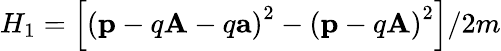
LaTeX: H_{1}=\left[\left(\mathbf{p}-q\mathbf{A}-q\mathbf{a}\right)^{2}-\left(\mathbf{p}-q\mathbf{A}\right)^{2}\right]/2m